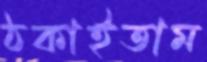
ঠকাইতাম